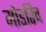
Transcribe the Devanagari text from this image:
मोडरिच